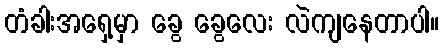
တံခါးအရှေ့မှာ ခွေ ခွေလေး လဲကျနေတာပါ။